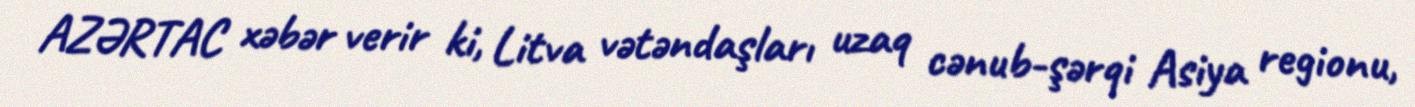
AZƏRTAC xəbər verir ki, Litva vətəndaşları uzaq cənub-şərqi Asiya regionu,